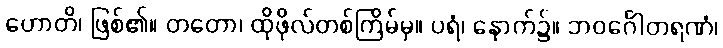
ဟောတိ၊ ဖြစ်၏။ တတော၊ ထိုဖိုလ်တစ်ကြိမ်မှ။ ပရံ၊ နောက်၌။ ဘဝင်္ဂေါတရဏံ၊